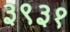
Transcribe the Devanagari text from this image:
३९३१